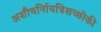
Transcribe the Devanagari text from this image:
अशौचर्निायत्रिशच्छोकी